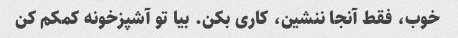
خوب، فقط آنجا ننشین، کاری بکن. بیا تو آشپزخونه کمکم کن